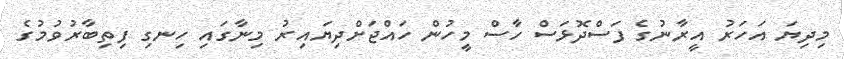
މިދިޔަ އަހަރު އީރާނުގެ ފަސްދޮޅަސް ހާސް މީހުން ހައްޖަށްދިޔައިރު މިނާގައި ހިނގި ފިތިބާރުވުމުގެ